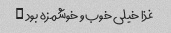
غذا خیلی خوب و خوشمزه بود …